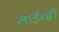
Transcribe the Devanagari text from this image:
लाईव्ह्ली